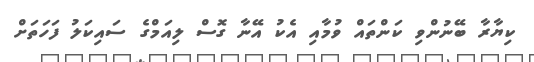
ކިޔާރާ ބޭނުންވި ކަންތައް ވުމާއި އެކު އޭނާ ގޮސް ލިއަމްގެ ސައިކަލު ފަހަތަށް